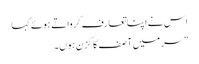
اس نے اپنا تعارف کرواتے ہوئے کہا
” سر میں آصف کا کزن ہوں۔